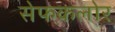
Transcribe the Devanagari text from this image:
सेफकलोर